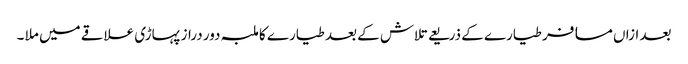
بعد ازاں مسافر طیارے کے ذریعے تلاش کے بعد طیارے کا ملبہ دور دراز پہاڑی علاقے میں ملا ۔